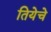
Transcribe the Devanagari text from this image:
तियेचे